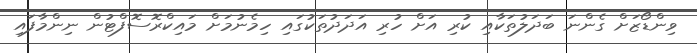
ވިންޑޯޒަށް ގެންނަ ބަދަލުތަކާއި ކުރި އަށް ހުރި އަދަދުތަކުގައި ހިމެނުމަށް މައިކްރޮސޮފްޓުން ނިންމާފައި